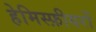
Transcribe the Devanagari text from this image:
हेमिस्फ़ीयरों